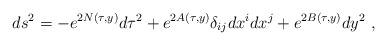
LaTeX: \begin{align*}ds^2=-e^{2N(\tau,y)}d\tau^2+e^{2A(\tau,y)}\delta_{ij}dx^idx^j+e^{2B(\tau,y)}dy^2~,\end{align*}